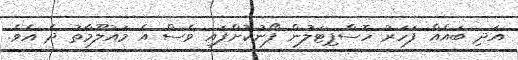
އަދި ބައެއް ފަހަރު ހޮސްޕިޓަލުން ފޯނުކޮށްފައި ވެސް އެ މައުލޫމާތު ދެ އެވެ.